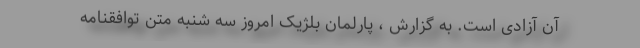
آن آزادی است. به گزارش ، پارلمان بلژیک امروز سه شنبه متن توافقنامه